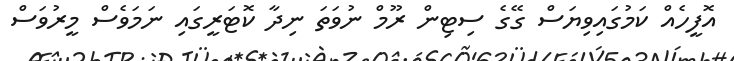
އޮފީހެއް ކަމުގައިވިޔަސް ގޭގެ ސިޓިން ރޫމް ނުވަތަ ނިދާ ކޮޓަރީގައި ނަމަވެސް މީރުވަސް